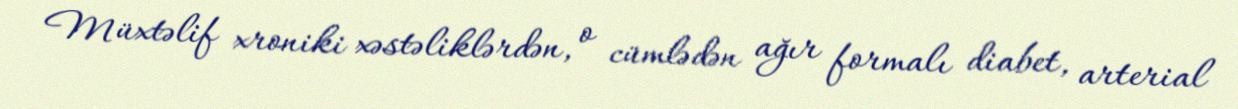
Müxtəlif xroniki xəstəliklərdən, o cümlədən ağır formalı diabet, arterial